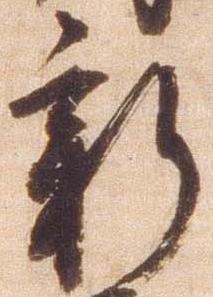
新